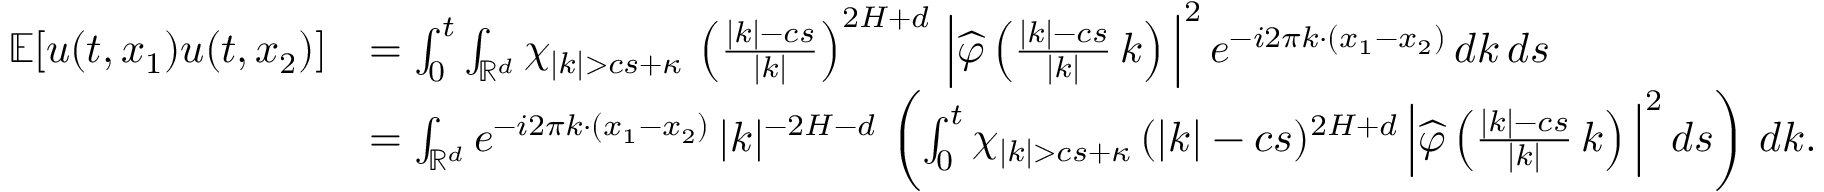
\begin{array} { r l } { \mathbb { E } [ u ( t , x _ { 1 } ) u ( t , x _ { 2 } ) ] } & { = \int _ { 0 } ^ { t } \int _ { \mathbb R ^ { d } } \chi _ { | k | > c s + \kappa } \, \left( \frac { | k | - c s } { | k | } \right) ^ { 2 H + d } \, \Big | \widehat { \varphi } \left( \frac { | k | - c s } { | k | } \, k \right) \Big | ^ { 2 } \, e ^ { - i 2 \pi k \cdot ( x _ { 1 } - x _ { 2 } ) } \, d k \, d s } \\ & { = \int _ { \mathbb R ^ { d } } e ^ { - i 2 \pi k \cdot ( x _ { 1 } - x _ { 2 } ) } \, | k | ^ { - 2 H - d } \, \left( \int _ { 0 } ^ { t } \chi _ { | k | > c s + \kappa } \, ( | k | - c s ) ^ { 2 H + d } \, \Big | \widehat { \varphi } \left( \frac { | k | - c s } { | k | } \, k \right) \Big | ^ { 2 } \, d s \right) \, d k . } \end{array}